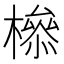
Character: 𣚈